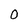
Character: 0